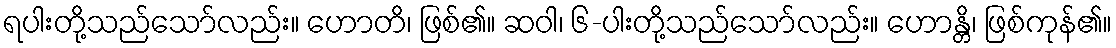
ရပါးတို့သည်သော်လည်း။ ဟောတိ၊ ဖြစ်၏။ ဆဝါ၊ ၆-ပါးတို့သည်သော်လည်း။ ဟောန္တိ၊ ဖြစ်ကုန်၏။